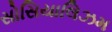
સોસિયાલિઝમ